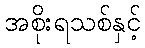
အစိုးရသစ်နှင့်